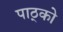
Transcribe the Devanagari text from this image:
पाठ्को